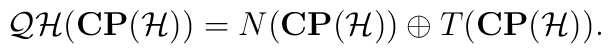
{\cal QH}({\bf CP}({\cal H})) = N({\bf CP}({\cal H})) \oplus T({\bf CP}({\cal H})).